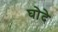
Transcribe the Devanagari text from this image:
घोदे